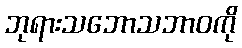
ဘုရားသဘောသဘာဝကို